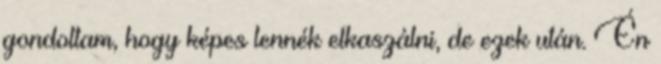
gondoltam, hogy képes lennék elkaszálni, de ezek után. Én